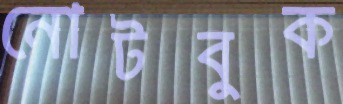
নোটবুক